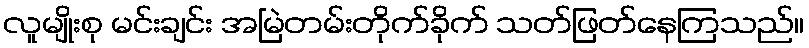
လူမျိုးစု မင်းချင်း အမြဲတမ်းတိုက်ခိုက် သတ်ဖြတ်နေကြသည်။